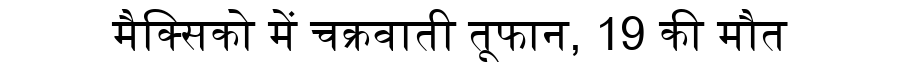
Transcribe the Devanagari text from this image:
मैक्सिको में चक्रवाती तूफान, 19 की मौत